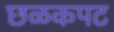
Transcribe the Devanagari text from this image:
छळकपट